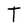
Character: T